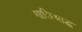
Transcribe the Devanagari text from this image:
मासिश्राद्ध